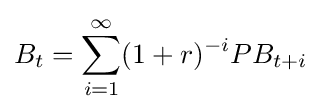
B_{t}=\sum _{i=1}^{\infty }(1+r)^{-i}PB_{t+i}